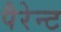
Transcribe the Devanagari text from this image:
पैरेन्ट